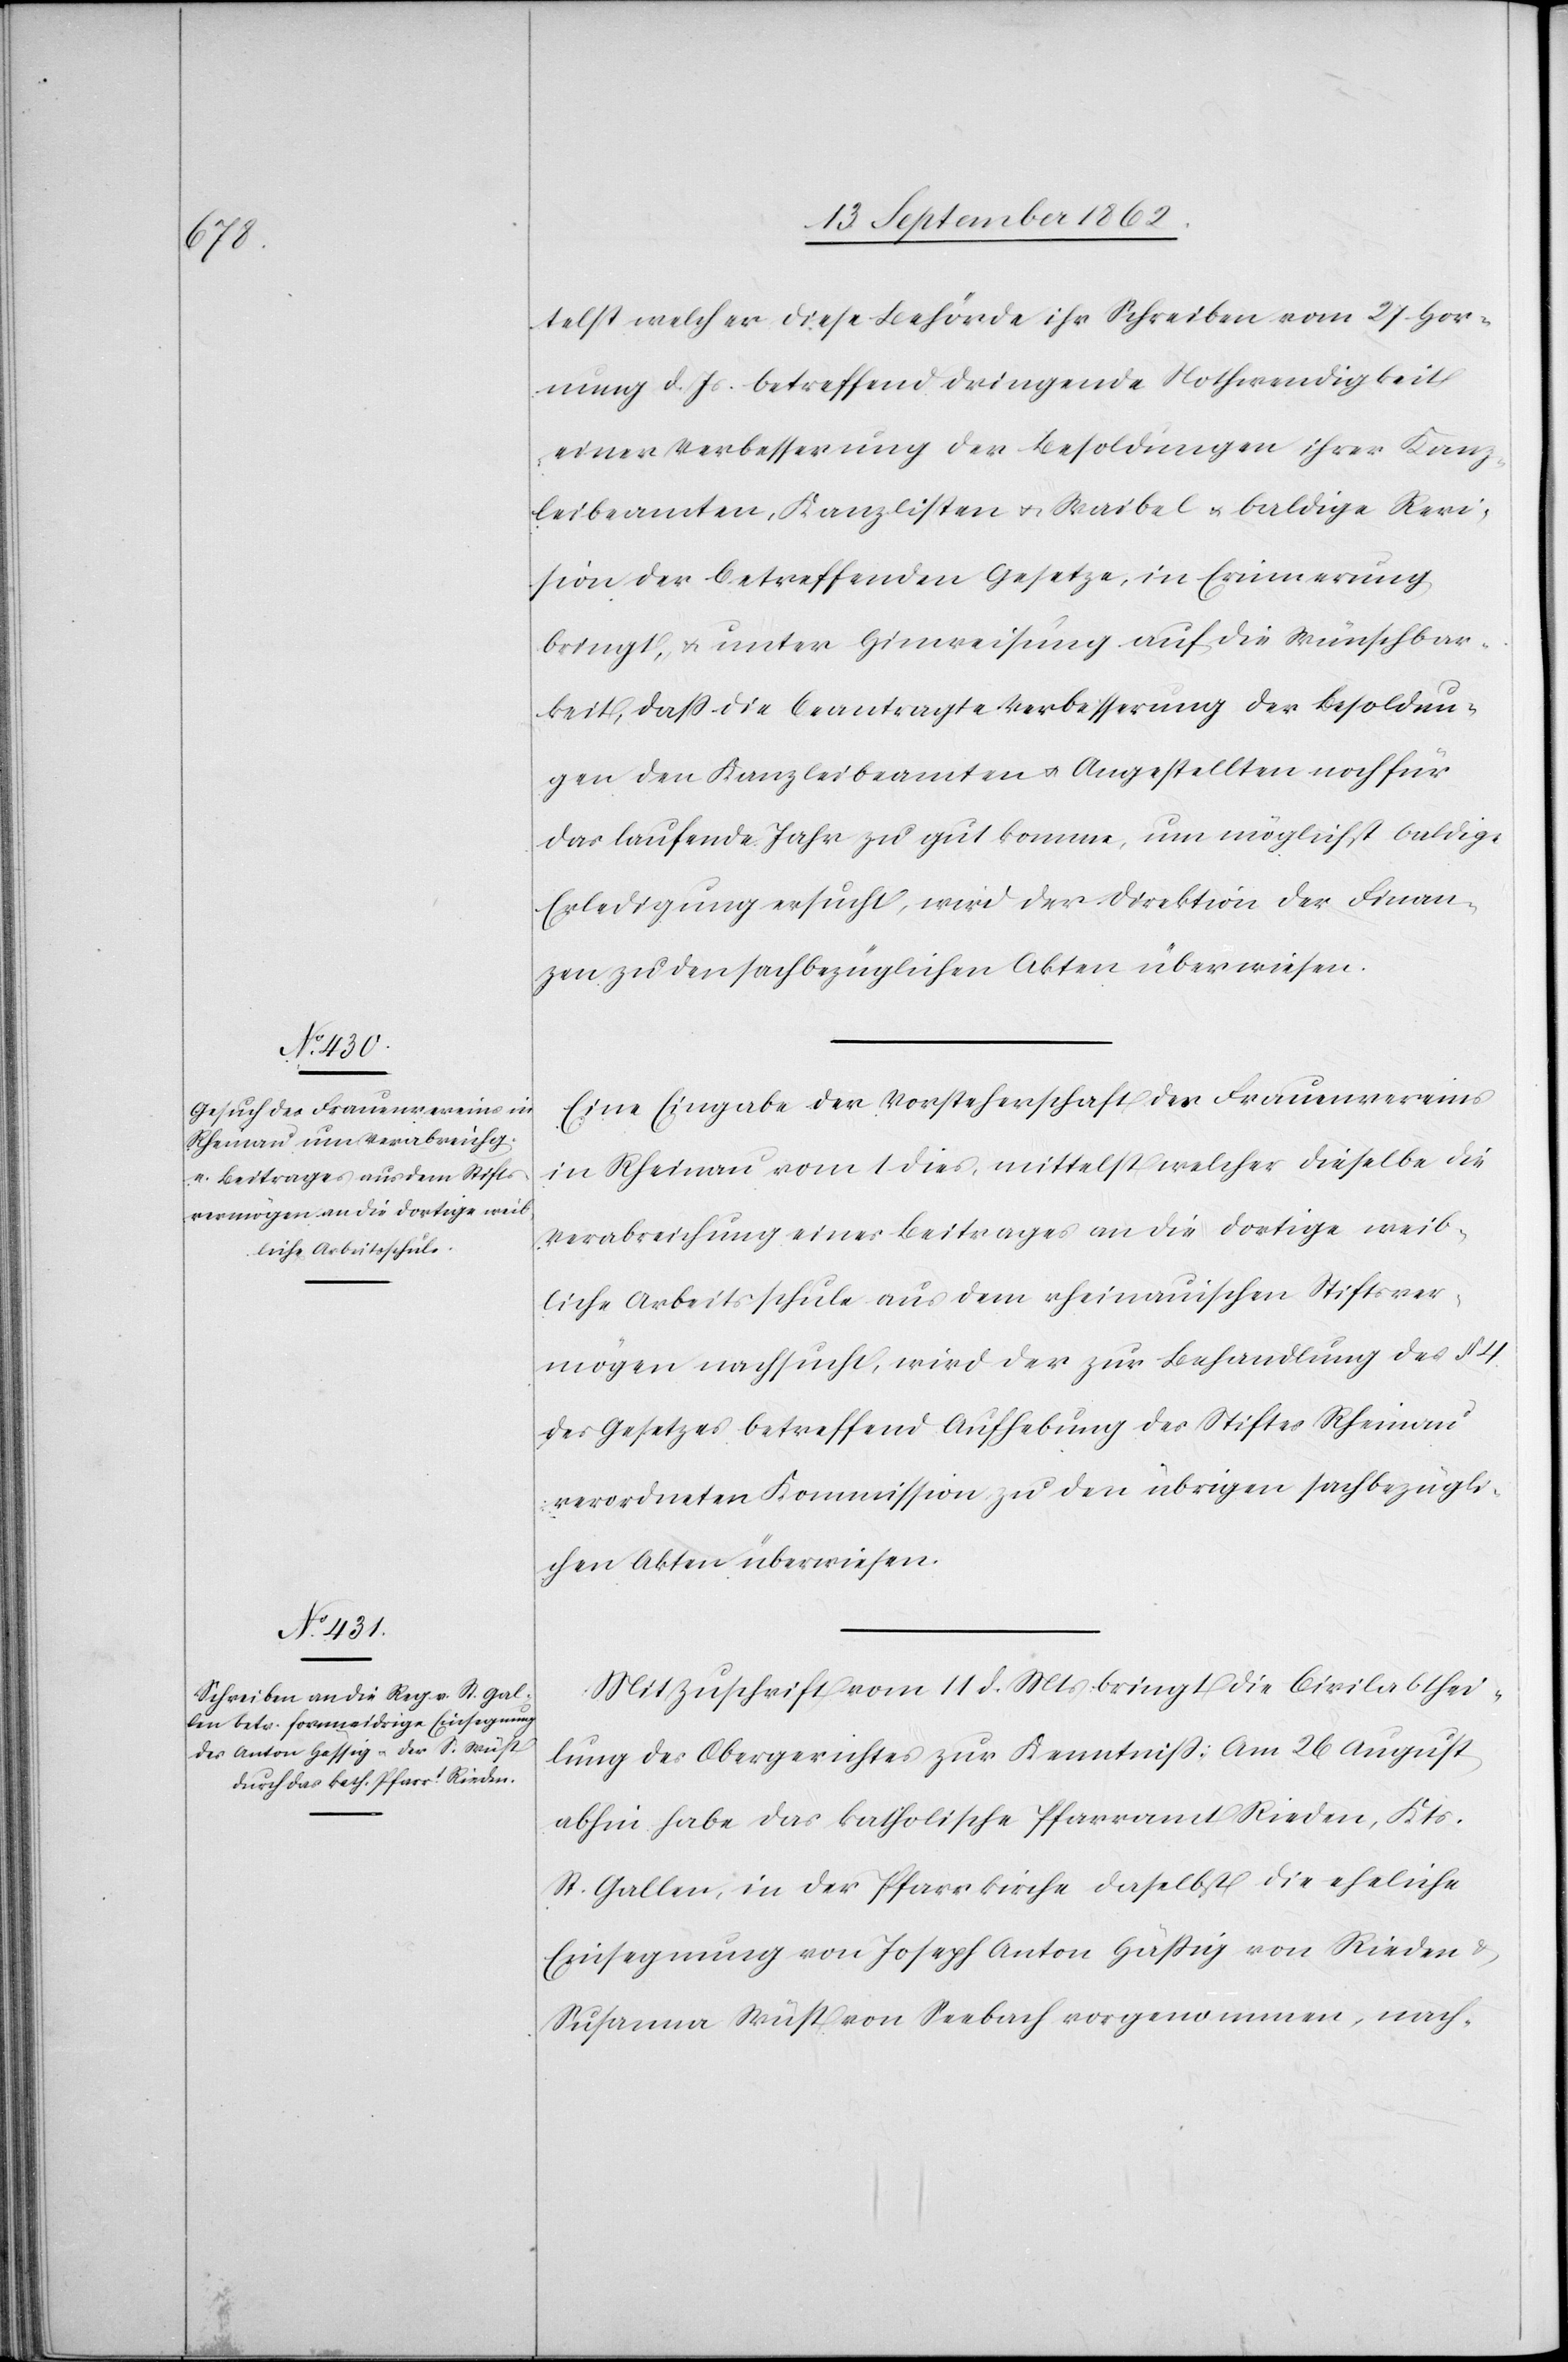
telst welcher diese Behörde ihr Schreiben vom 27. Hor¬
nung d. Js. betreffend dringende Nothwendigkeit
einer Verbesserung der Besoldungen ihrer Kanz¬
leibeamten, Kanzlisten u. Waibel u. baldige Revi¬
sion der betreffenden Gesetze, in Erinnerung
bringt, u. unter Hinweisung auf die Wünschbar¬
keit, daß die beantragte Verbesserung der Besoldun¬
gen den Kanzleibeamten u. Angestellten noch für
das laufende Jahr zu gut komme, um möglichst baldige
Erledigung ersucht, wird der Direktion der Finan¬
zen zu den sachbezüglichen Akten überwiesen.
Eine Eingabe der Vorsteherschaft des Frauenvereins
in Rheinau vom 1. dies, mittelst welcher dieselbe die
Verabreichung eines Beitrages an die dortige weib¬
liche Arbeitsschule aus dem rheinauischen Stiftsver¬
mögen nachsucht, wird der zur Behandlung des §.
des Gesetzes betreffend Aufhebung des Stiftes Rheinau
verordneten Kommission zu den übrigen sachbezügli¬
chen Akten überwiesen.
Mit Zuschrift vom 11. d. Mts. bringt die Civilabthei¬
lung des Obergerichtes zur Kenntniß: Am 26. August
abhin habe das katholische Pfarramt Rieden, Kts.
St. Gallen, in der Pfarrkirche daselbst die eheliche
Einsegnung von Joseph Anton Häßig von Rieden u.
Susanna Wüst von Seebach vorgenommen, nach-